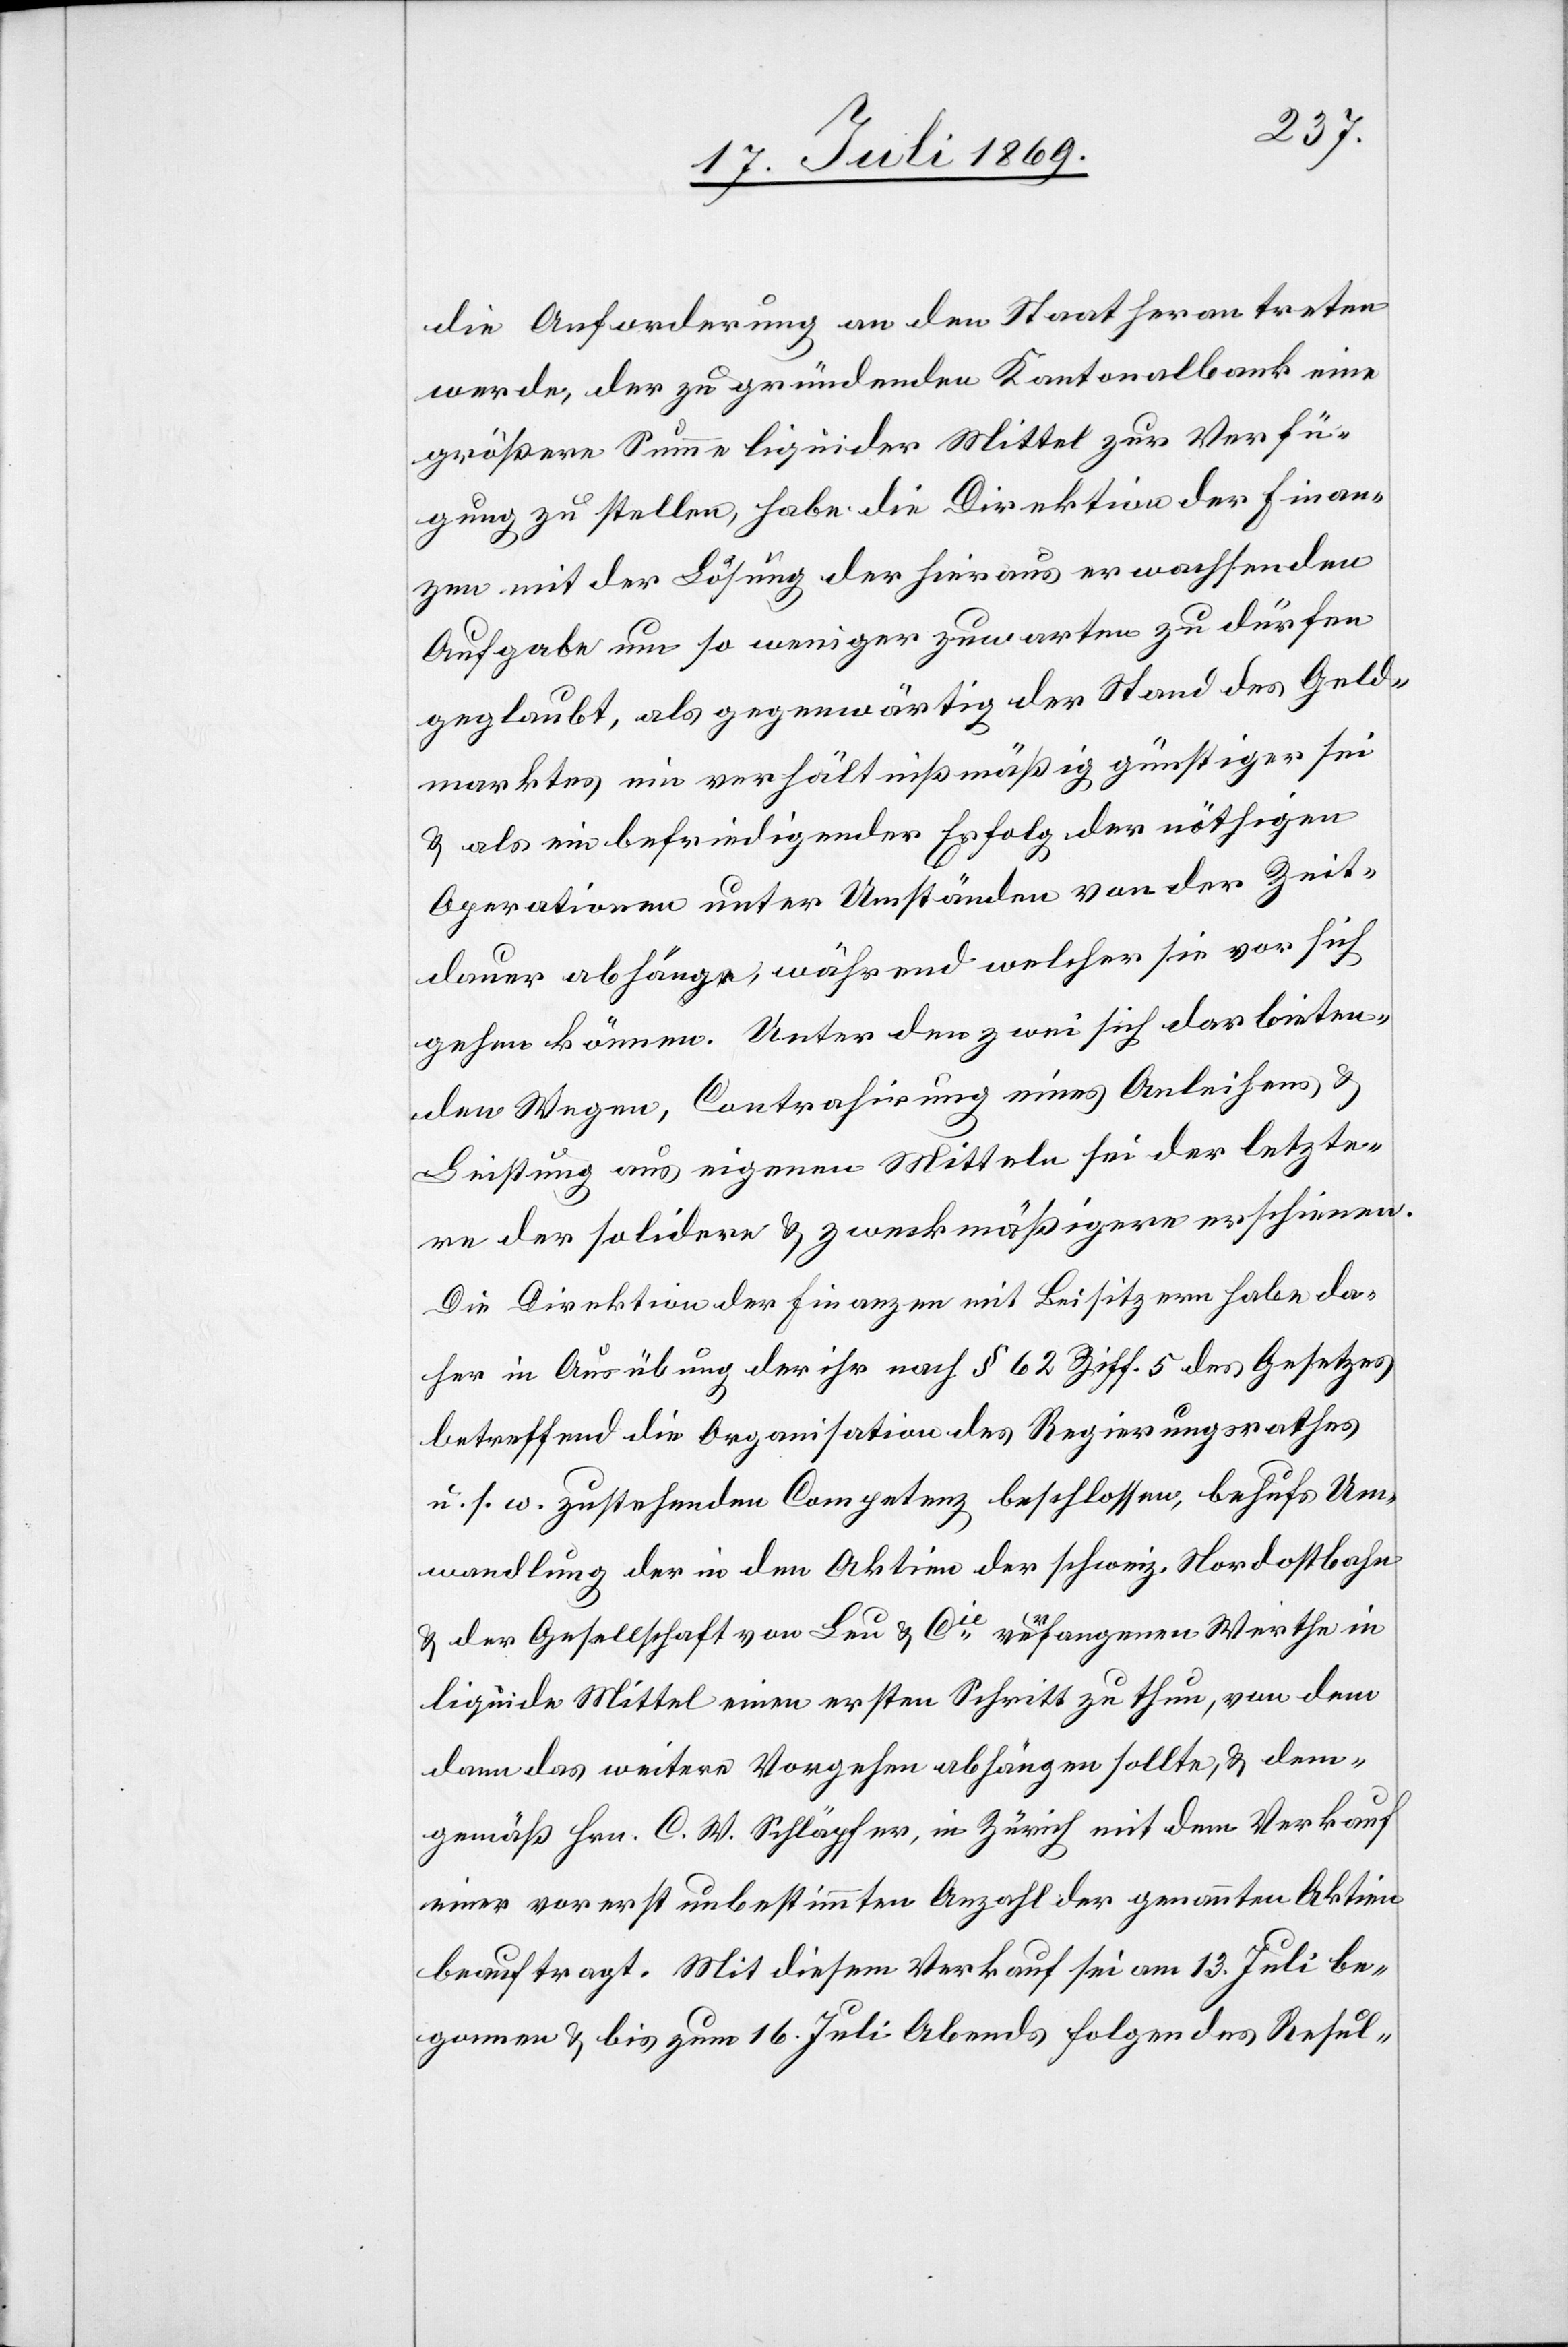
die Anforderung an den Staat herantreten
werde, der zu gründenden Kantonalbank eine
größere Summe liquider Mittel zur Verfü¬
gung zu stellen, habe die Direktion der Finan¬
zen mit der Lösung der hieraus erwachsenden
Aufgabe um so weniger zuwarten zu dürfen
geglaubt, als gegenwärtig der Stand des Geld¬
marktes ein verhältnißmäßig günstiger sei
u. als ein befriedigender Erfolg der nöthigen
Operationen unter Umständen von der Zeit¬
dauer abhänge, während welcher sie vor sich
gehen können. Unter den zwei sich darbieten¬
den Wegen, Contrahirung eines Anleihers, u.
Leistung aus eigenen Mitteln sei der letztere
[als] der solidere u. zweckmäßigere erschienen.
Die Direktion der Finanzen mit Beisitzern habe da¬
her in Ausübung der ihr nach § 62 Ziff 5 des Gesetzes
betreffend die Organisation des Regierungsrathes
u. s. w. zustehenden Competenz beschlossen, behufs Um¬
wandlung der in den Aktien der schweiz. Nordostbahn
u. der Gesellschaft von Leu u. Cie verfangenen Werthe in
liquide Mittel einen ersten Schritt zu thun, von dem
dann das weitere Vorgehen abhängen sollte, u. dem¬
gemäß Hrn. C. W. Schläpfer, in Zürich mit dem Verkauf
einer vorerst bestimmten Anzahl der genannten Aktien
beauftragt. Mit diesem Verkauf sei am 13 Juli be¬
gonnen u. bis zum 16 Juli Abends folgendes Resul-